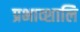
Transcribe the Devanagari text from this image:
प्रभाव्शालि